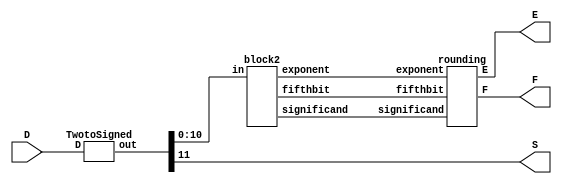
`timescale 1ns / 1ps
//////////////////////////////////////////////////////////////////////////////////
// Company: 
// Engineer: 
// 
// Design Name: 
// Module Name:    FPCVT 
// Project Name: 
// Target Devices: 
// Tool versions: 
// Description: 
//
// Dependencies: 
//
// Revision: 
// Revision 0.01 - File Created
// Additional Comments: 
//
//////////////////////////////////////////////////////////////////////////////////
module FPCVT(D,S,E,F);
	
	input [11:0] D;
	output S;
	output [2:0] E;
	output [3:0] F;
	
	wire [11:0] D, out1;
	wire S, fifthbit;
	wire [2:0] E, exponent;
	wire [3:0] F, significand; 
		
	TwotoSigned convert1(D,out1);
	assign S = out1[11];

	block2 count1 (out1[10:0],exponent,significand,fifthbit);
	
	rounding round1 (exponent,significand,fifthbit, E, F);
	
	
	
endmodule

module TwotoSigned(D,out);

	input [11:0] D;
	output [11:0] out;
	reg [10:0] mask;
	reg [11:0] out;
	wire [11:0] D;
	
	always @ *
	begin
		if (D == 12'b1000_0000_0000)
			out = 12'b1111_1111_1111;
		else
			begin
				if(D[11] == 1)
					mask = 11'b111_1111_1111;
				else
					mask = 11'b000_0000_0000;
				//mask = D >> 11;								// "Flip add one" logic
				out = (D[10:0] ^ mask[10:0]) + D[11]; 	// Only flips and adds if D[11] == 1 (aka number is <0)
				out[11] = D[11];
			end
	end
	
endmodule

module block2(in,exponent,significand,fifthbit);

	input [10:0] in;
	output [2:0] exponent;
	output [3:0] significand;
	output fifthbit;
	
	reg [2:0] exponent;
	reg [3:0] significand;
	reg fifthbit;
	
	always @ *
	begin
		if(in[10] == 1) begin
			exponent = 3'b111;
			significand = in[10:7];
			fifthbit = in[6];
		end
		else if(in[9] == 1) begin
			exponent = 3'b110;
			significand = in[9:6];
			fifthbit = in[5];
		end
		else if(in[8] == 1) begin
			exponent = 3'b101;
			significand = in[8:5];
			fifthbit = in[4];
		end
		else if(in[7] == 1) begin
			exponent = 3'b100;
			significand = in[7:4];
			fifthbit = in[3];
		end
		else if(in[6] == 1) begin
			exponent = 3'b011;
			significand = in[6:3];
			fifthbit = in[2];
		end
		else if(in[5] == 1) begin
			exponent = 3'b010;
			significand = in[5:2];
			fifthbit = in[1];
		end
		else if(in[4] == 1) begin
			exponent = 3'b001;
			significand = in[4:1];
			fifthbit = in[0];
		end
		else begin
			exponent = 3'b000;
			significand = in[3:0];
			fifthbit = 0;
		end
	end


endmodule

module rounding(exponent,significand,fifthbit, E, F);

	input [2:0] exponent;
	input [3:0] significand;
	input fifthbit;
	output [2:0] E;
	output [3:0] F;
	
	reg [3:0] F;
	reg [2:0] E;
	
	always @ * begin
		if (significand == 4'b1111 && fifthbit) begin
			if (exponent == 3'b111) begin
					E = exponent;
					F = significand;
				end
			else
				begin
					E = exponent + 1;
					F = 4'b1000;
				end
		end
		else begin
			F = significand + fifthbit;
			E = exponent;
		end
	end

endmodule